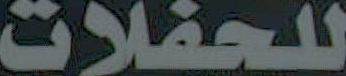
للحفلات